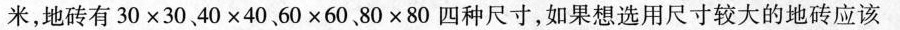
米，地砖有$$3 0 × 3 0$$ $$4 0 × 4 0$$ $$6 0 × 6 0$$ $$8 0 × 8 0$$四种尺寸，如果想选用尺寸较大的地砖应该